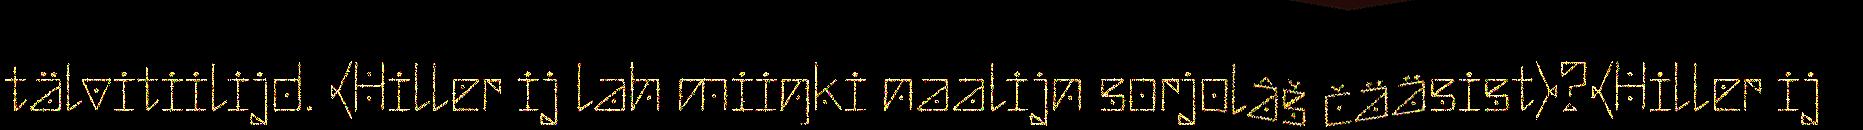
tälvitiilijd. {Hiller ij lah miiŋki naalijn sorjolâš čääsist}?{Hiller ij